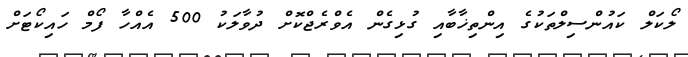
ލޯކަލް ކައުންސިލްތަކުގެ އިންތިޚާބާއި ގުޅިގެން އެވްރެޖްކޮށް ދުވާލަކު 500 އެއްހާ ފޯމް ހައިކޯޓަށް